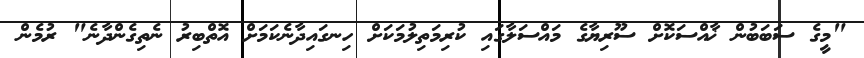
"މީގެ ސަބަބުން ޚާއްސަކޮށް ސޫރިޔާގެ މައްސަލާގައި ކުރިމަތިލުމަކަށް ހިނގައިދާނެކަމަށް އޮތްބިރު ނެތިގެންދާނެ" ރުމެން